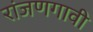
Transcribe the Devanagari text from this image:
रांजणगावी